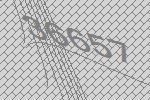
36657